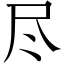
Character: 尽